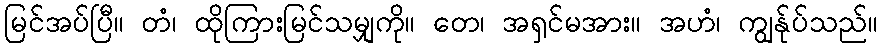
မြင်အပ်ပြီ။ တံ၊ ထိုကြားမြင်သမျှကို။ တေ၊ အရှင်မအား။ အဟံ၊ ကျွန်ုပ်သည်။